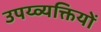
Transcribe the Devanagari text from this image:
उपय्व्यक्तियों